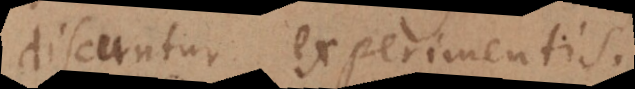
discuntur experimentis.